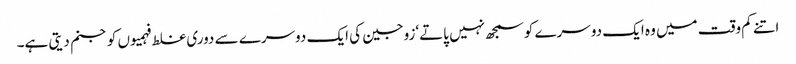
اتنے کم وقت میں وہ ایک دوسرے کوسمجھ نہیں پاتے‘زوجین کی ایک دوسرے سے دوری غلط فہمیوں کوجنم دیتی ہے۔